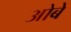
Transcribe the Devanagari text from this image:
ओबे